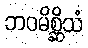
ဘဝမိစ္ဆိသံ